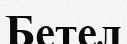
Бетел